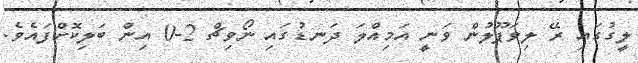
ލީގުގައި ރޭ ލިވަޕޫލުން ވަނީ އަމިއްލަ ދަނޑުގައި ނޯވިޗް 2-0 އިން ބަލިކޮށްފައެވެ.